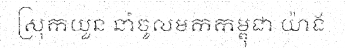
ស្រុកយួន នាំចូលមកកម្ពុជា យ៉ាង